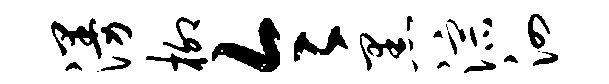
漫柳令黑淙泗